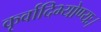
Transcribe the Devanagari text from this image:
कृर्वादिभ्योण्यः।